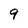
Character: 9